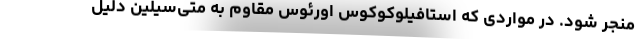
منجر شود. در مواردی که استافیلوکوکوس اورئوس مقاوم به متی‌سیلین دلیل